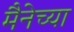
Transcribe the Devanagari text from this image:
मैनेच्या